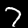
Label: 7